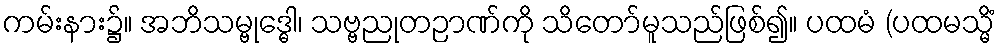
ကမ်းနား၌။ အဘိသမ္ဗုဒ္ဓေါ၊ သဗ္ဗညုတဉာဏ်ကို သိတော်မူသည်ဖြစ်၍။ ပထမံ (ပထမသ္မိံ